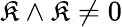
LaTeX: \mathfrak{K}\wedge\mathfrak{K}\neq0